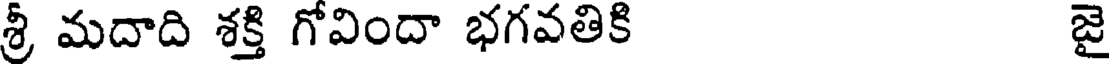
శ్రీ మదాది శక్తి గోవిందా భగవతికి జై